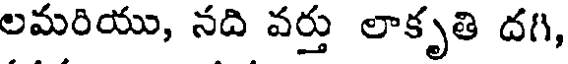
లమరియు, నది వర్తు లాకృతి దగి,